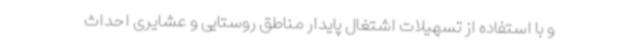
و با استفاده از تسهیلات اشتغال پایدار مناطق روستایی و عشایری احداث